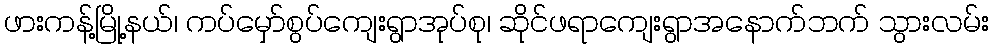
ဖားကန့်မြို့နယ်၊ ကပ်မှော်စွပ်ကျေးရွာအုပ်စု၊ ဆိုင်ဖရာကျေးရွာအနောက်ဘက် သွားလမ်း